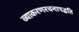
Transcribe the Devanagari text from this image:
व्याकरणरचनापद्धति